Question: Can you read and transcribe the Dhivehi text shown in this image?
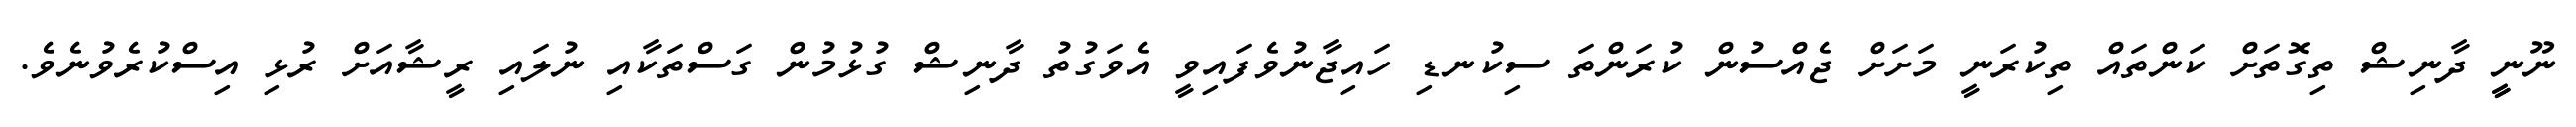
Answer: ނޫނީީ ދާނިޝް ތިގޮތަށް ކަންތައް ތިކުރަނީ މަށަށް ޖެއްސުން ކުރަންތަ ސިކުނޑި ހައިޖާނުވެފައިވީ އެވަގުތު ދާނިޝް ގުޅުމުން ގަސްތަކާއި ނުލައި ރީޝާއަށް ރުޅި އިސްކުރެވުނެވެ.